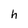
Character: h